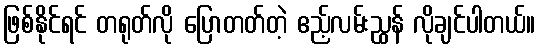
ဖြစ်နိုင်ရင် တရုတ်လို ပြောတတ်တဲ့ ဧည့်လမ်းညွှန် လိုချင်ပါတယ်။